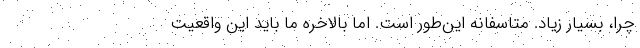
چرا، بسيار زياد. متاسفانه اين‌طور است. اما بالاخره ما بايد اين واقعيت